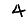
Digit: 4